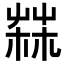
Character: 𦲬